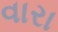
વારા